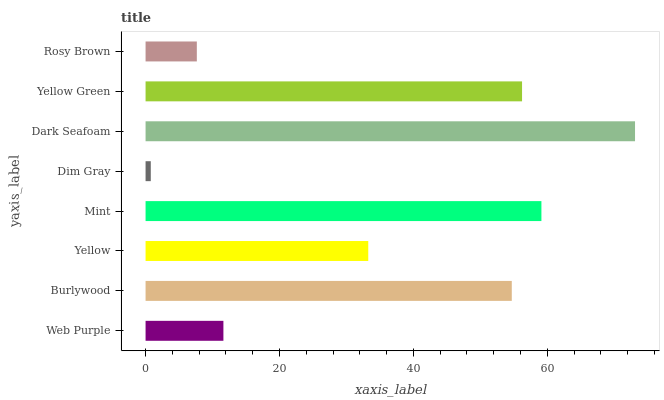
| yaxis_label | bars |
 | --- | --- |
 | Web Purple | 11.6 |
 | Burlywood | 54.7 |
 | Yellow | 33.3 |
 | Mint | 59.1 |
 | Dim Gray | 0.779 |
 | Dark Seafoam | 73.1 |
 | Yellow Green | 56.2 |
 | Rosy Brown | 7.66 |